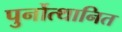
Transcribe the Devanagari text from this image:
पुर्नोत्थानित